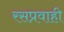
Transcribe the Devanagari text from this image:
रसप्रवाही